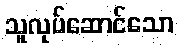
သူလုပ်ဆောင်သော